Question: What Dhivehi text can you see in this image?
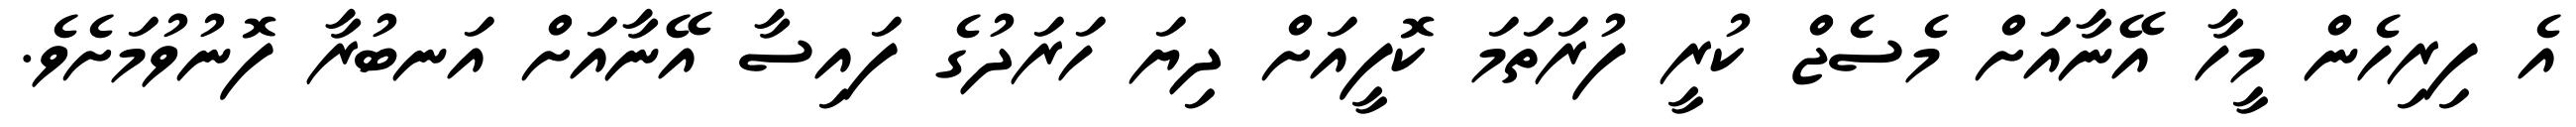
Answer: އެ ފިރިހެން މީހާ އޭނާއަށް މެސެޖް ކުރީ ފުރަތަމަ ކޮފީއަށް ދިޔަ ހަރަދުގެ ފައިސާ އޭނާއަށް އަނބުރާ ފޮނުވުމަށެވެ.